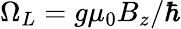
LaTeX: \Omega_{L}=g\mu_{0}B_{z}/\hbar